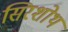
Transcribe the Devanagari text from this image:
सिरशोथ